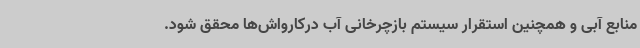
منابع آبی و همچنین استقرار سیستم بازچرخانی آب درکارواش‌ها محقق شود.